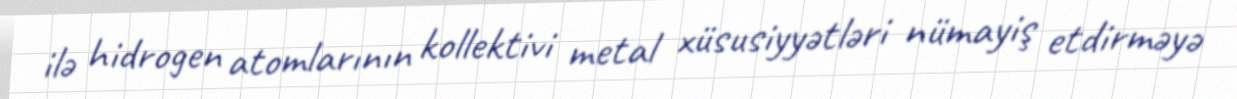
ilə hidrogen atomlarının kollektivi metal xüsusiyyətləri nümayiş etdirməyə